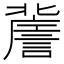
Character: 𧫯